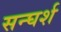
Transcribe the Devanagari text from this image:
सन्घर्श